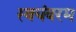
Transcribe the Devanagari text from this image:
स्वयंवरम